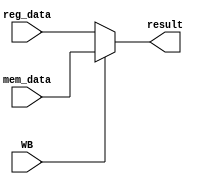
module writeback(WB, mem_data, reg_data, result);
  input WB;
  input [31:0] mem_data;
  input [31:0] reg_data;
  output [31:0] result;
  
  assign result = (WB == 0) ? reg_data : mem_data;
endmodule